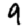
Digit: 9